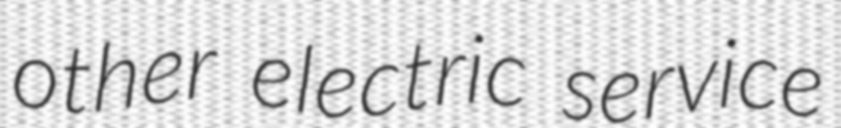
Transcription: other electric service